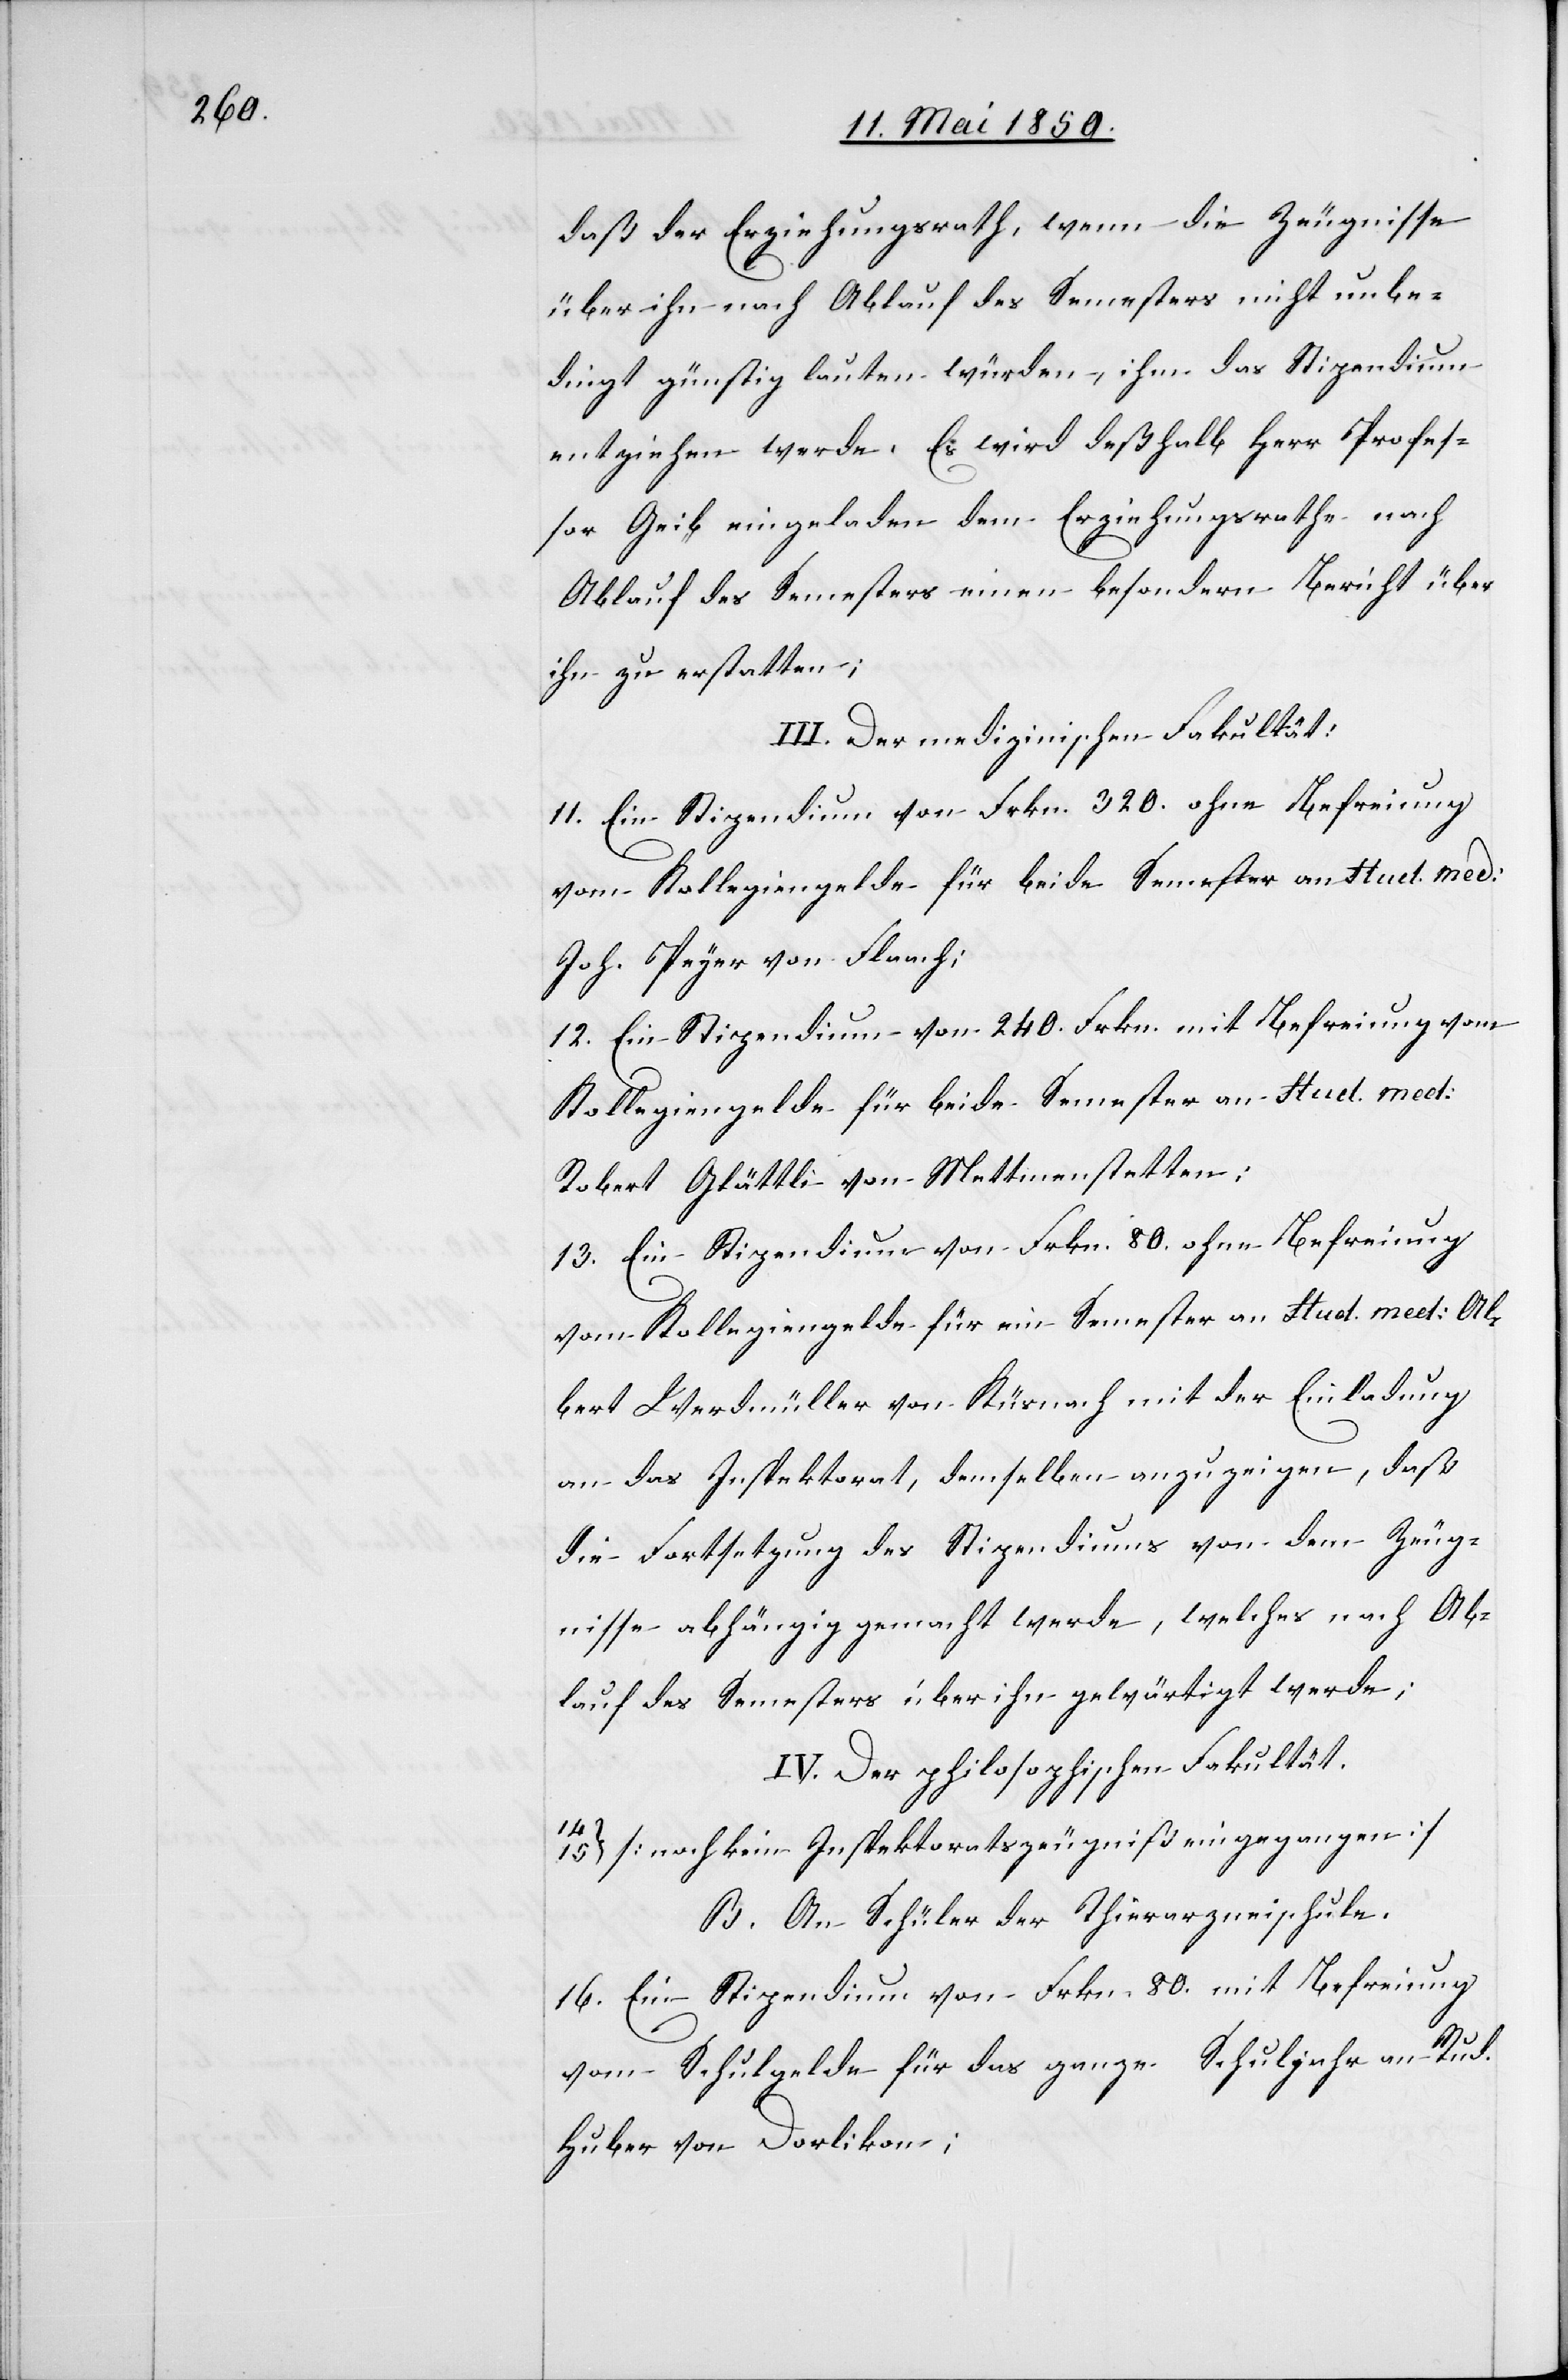
daß der Erziehungsrath, wenn die Zeugnisse
über ihn nach Ablauf des Semesters nicht unbe¬
dingt günstig lauten würden, ihm das Stipendium
entziehen werde. Es wird deßhalb Herr Profes¬
sor Geib eingeladen dem Erziehungsrathe nach
Ablauf des Semesters einen besondern Bericht über
ihn zu erstatten;
III. Der medizinischen Fakultät:
11. Ein Stipendium von Frkn. 320. ohne Befreiung
vom Kollegiengelde für beide Semester an Stud. med:
Joh. Peyer von Flaach;
12. Ein Stipendium von 240. Frkn. mit Befreiung vom
Kollegiengelde für beide Semester an Stud. med.
Robert Glättli von Mettmenstetten:
13. Ein Stipendium von Frkn. 80. ohne Befreiung
vom Kollegiengelde für ein Semester an Stud. med: Al¬
bert Werdmüller von Küsnach[t] mit der Einladung
an das Inspektorat, demselben anzuzeigen, daß
die Fortsetzung des Stipendiums von dem Zeug¬
nisse abhängig gemacht werde, welches nach Ab¬
lauf des Semesters über ihn gewärtigt werde;
IV. Der philosophischen Fakultät.
15. [noch kein Inspektoratszeugniß eingegangen]
B. An Schüler der Thierarzneischule.
16. Ein Stipendium von Frkn. 80. mit Befreiung
vom Schulgelde für das ganze Schuljahr an Rud.
Huber von Dorlikon;